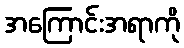
အကြောင်းအရာကို